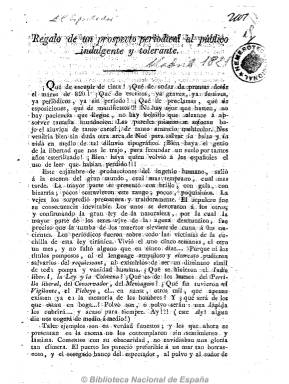
Título: El Espectador (Madrid. 1821)
Colección: Periódicos anteriores a 1850
Ámbito geográfico: Madrid
Lugar de publicación: Madrid
Fechas: 14/04/1821-31/03/1823

Uno de los grandes periódicos del Trienio Liberal, fundado por Evaristo San Miguel (1785-1862), al que se le atribuye la autoría del Himno de Riego, que comienza a aparecer el 15 de abril de 1821. En su prospecto señala que estará dirigido “al público indulgente y tolerante” y en el que se escribirá sobre política, filosofía, moral, ciencias, literatura, del gobierno, de Europa, de España… De cuatro páginas por número y a dos columnas, aumentará el tamaño de su formato, siendo un diario moderno que introducirá las “Cartas de los lectores”, al estilo de The Spectator londinense que había conocido San Miguel durante su exilio en la capital británica. Estará estructurado en secciones de noticias nacionales y extranjeras, Cortes, variedades, artículos doctrinales, políticos y divulgativos, anécdotas, anuncios (de bibliografía, etc.).

Afín ideológicamente a El universal, de carácter constitucionalista y liberal entre templado y exaltado, se le considera también órgano oficioso de la masonería, del que su fundador formaba parte y, según Juan Pérez de Guzmán, inspiraba gobiernos y Cortes y tertulias políticas, moderándose al llegar San Miguel a la presidencia del gobierno en agosto de 1822 y convirtiéndose en órgano oficioso de su ministerio.

Según Alberto Gil Novales, sus redactores integrarán un escogido grupo de jóvenes periodistas, entre los que se encuentran Domingo Fernández Angulo, Gabriel José García, Facundo Infantes, Ramón María de Acevedo, que usó el seudónimo El Momo, Pedro José Pidal, futuro primer marqués de Pidal, N. Robles, José de San Millán y Cemente Sigüenza. Salió de las imprentas de Vega y Compañía y de J. Ramos y Compañía, antes de disponer de imprenta propia, a cargo de R. Macías.

Su último número apareció el 31 de marzo de 1823, tras marcharse Fernando VII a Sevilla con la entrada en España de los Cien mil hijos de San Luis.